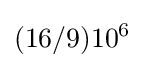
(16/9)10^{6}